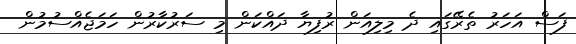
ފަސް އަހަރު ތެރޭގައި ދެ މިލިއަން ރުފިޔާ ދައްކަން މި ސަރުކާރުން ހަމަޖެއްސުމުން